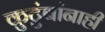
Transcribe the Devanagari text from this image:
कुटुंबांनाही